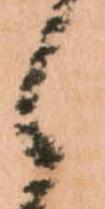
之